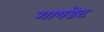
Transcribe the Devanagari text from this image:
गायडेट